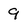
Character: 9